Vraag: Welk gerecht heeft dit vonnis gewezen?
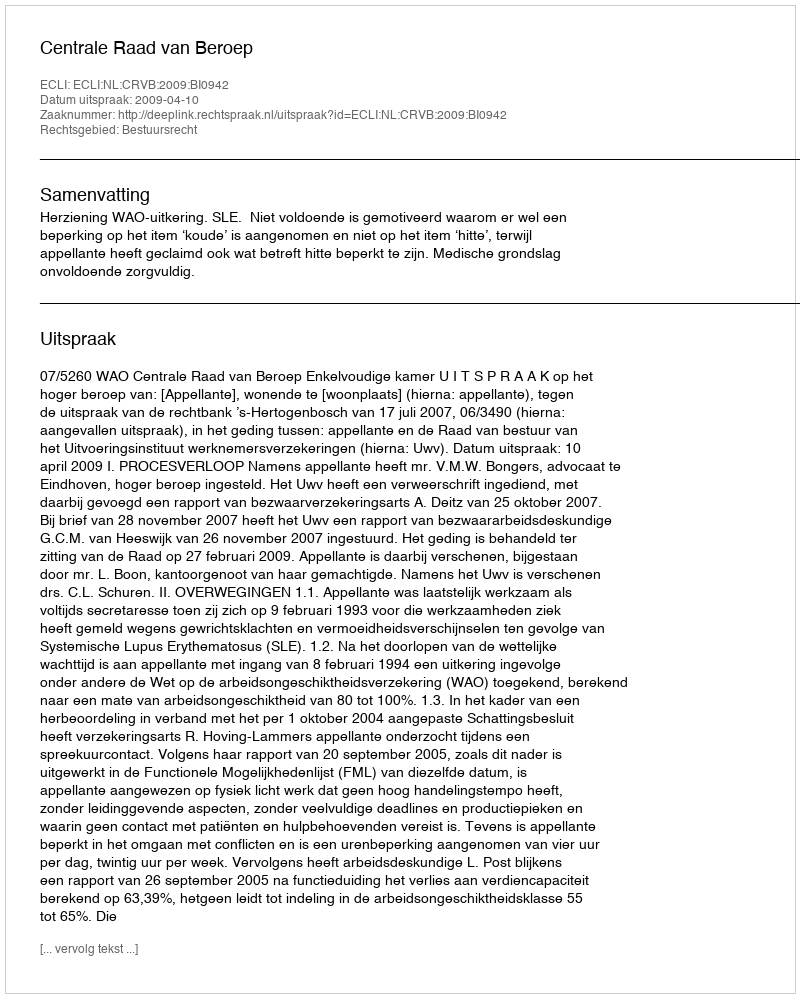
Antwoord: Centrale Raad van Beroep